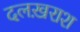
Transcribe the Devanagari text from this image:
दलख़राश